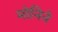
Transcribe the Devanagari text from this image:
मोनिने